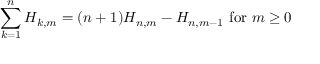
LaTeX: \sum _ { k = 1 } ^ { n } H _ { k , m } = ( n + 1 ) H _ { n , m } - H _ { n , m - 1 } { \mathrm { ~ f o r ~ } } m \geq 0